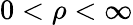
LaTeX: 0<\rho<\infty